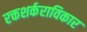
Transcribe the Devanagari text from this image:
रक्तशर्कराविकार